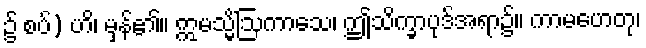
၌ စပ်) ဟိ၊ မှန်၏။ ဣမသ္မိံဩကာသေ၊ ဤသိက္ခာပုဒ်အရာ၌။ ကာမဟေတု၊